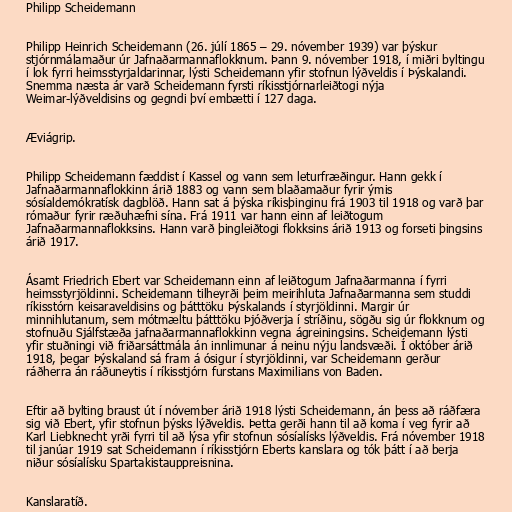
Philipp Scheidemann

Philipp Heinrich Scheidemann (26. júlí 1865 – 29. nóvember 1939) var þýskur
stjórnmálamaður úr Jafnaðarmannaflokknum. Þann 9. nóvember 1918, í miðri byltingu
í lok fyrri heimsstyrjaldarinnar, lýsti Scheidemann yfir stofnun lýðveldis í Þýskalandi.
Snemma næsta ár varð Scheidemann fyrsti ríkisstjórnarleiðtogi nýja
Weimar-lýðveldisins og gegndi því embætti í 127 daga.

Æviágrip.

Philipp Scheidemann fæddist í Kassel og vann sem leturfræðingur. Hann gekk í
Jafnaðarmannaflokkinn árið 1883 og vann sem blaðamaður fyrir ýmis
sósíaldemókratísk dagblöð. Hann sat á þýska ríkisþinginu frá 1903 til 1918 og varð þar
rómaður fyrir ræðuhæfni sína. Frá 1911 var hann einn af leiðtogum
Jafnaðarmannaflokksins. Hann varð þingleiðtogi flokksins árið 1913 og forseti þingsins
árið 1917.

Ásamt Friedrich Ebert var Scheidemann einn af leiðtogum Jafnaðarmanna í fyrri
heimsstyrjöldinni. Scheidemann tilheyrði þeim meirihluta Jafnaðarmanna sem studdi
ríkisstórn keisaraveldisins og þátttöku Þýskalands í styrjöldinni. Margir úr
minnihlutanum, sem mótmæltu þátttöku Þjóðverja í stríðinu, sögðu sig úr flokknum og
stofnuðu Sjálfstæða jafnaðarmannaflokkinn vegna ágreiningsins. Scheidemann lýsti
yfir stuðningi við friðarsáttmála án innlimunar á neinu nýju landsvæði. Í október árið
1918, þegar Þýskaland sá fram á ósigur í styrjöldinni, var Scheidemann gerður
ráðherra án ráðuneytis í ríkisstjórn furstans Maximilians von Baden.

Eftir að bylting braust út í nóvember árið 1918 lýsti Scheidemann, án þess að ráðfæra
sig við Ebert, yfir stofnun þýsks lýðveldis. Þetta gerði hann til að koma í veg fyrir að
Karl Liebknecht yrði fyrri til að lýsa yfir stofnun sósíalísks lýðveldis. Frá nóvember 1918
til janúar 1919 sat Scheidemann í ríkisstjórn Eberts kanslara og tók þátt í að berja
niður sósíalísku Spartakistauppreisnina.

Kanslaratíð.